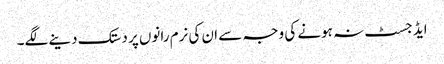
ایڈجسٹ نہ ہونے کی وجہ سے ان کی نرم رانوں پر دستک دینے لگے۔